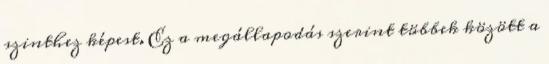
szinthez képest. Ez a megállapodás szerint többek között a